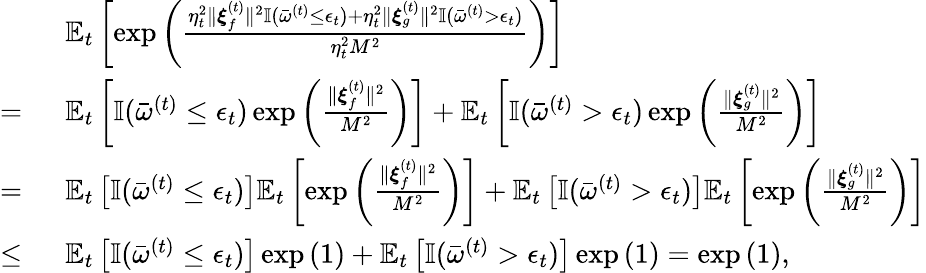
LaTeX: \begin{array}{rl}&{\mathbb{E}_{t}\left[\exp\left(\frac{\eta_{t}^{2}\| \boldsymbol{\xi}_{f}^{(t)}\| ^{2}\mathbb{I}(\bar{\omega}^{(t)}\leq\epsilon_{t})+\eta_{t}^{2}\| \boldsymbol{\xi}_{g}^{(t)}\| ^{2}\mathbb{I}(\bar{\omega}^{(t)}>\epsilon_{t})}{\eta_{t}^{2}M^{2}}\right)\right]}\\ {=~}&{\mathbb{E}_{t}\left[\mathbb{I}(\bar{\omega}^{(t)}\leq\epsilon_{t})\exp\left(\frac{\| \boldsymbol{\xi}_{f}^{(t)}\| ^{2}}{M^{2}}\right)\right]+\mathbb{E}_{t}\left[\mathbb{I}(\bar{\omega}^{(t)}>\epsilon_{t})\exp\left(\frac{\| \boldsymbol{\xi}_{g}^{(t)}\| ^{2}}{M^{2}}\right)\right]}\\ {=~}&{\mathbb{E}_{t}\left[\mathbb{I}(\bar{\omega}^{(t)}\leq\epsilon_{t})\right]\mathbb{E}_{t}\left[\exp\left(\frac{\| \boldsymbol{\xi}_{f}^{(t)}\| ^{2}}{M^{2}}\right)\right]+\mathbb{E}_{t}\left[\mathbb{I}(\bar{\omega}^{(t)}>\epsilon_{t})\right]\mathbb{E}_{t}\left[\exp\left(\frac{\| \boldsymbol{\xi}_{g}^{(t)}\| ^{2}}{M^{2}}\right)\right]}\\ {\leq~}&{\mathbb{E}_{t}\left[\mathbb{I}(\bar{\omega}^{(t)}\leq\epsilon_{t})\right]\exp\left(1\right)+\mathbb{E}_{t}\left[\mathbb{I}(\bar{\omega}^{(t)}>\epsilon_{t})\right]\exp\left(1\right)=\exp\left(1\right),}\end{array}